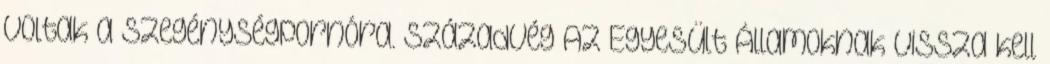
voltak a szegénységpornóra. Századvég Az Egyesült Államoknak vissza kell